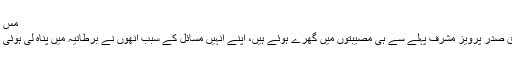
مس انڈیا
سابق صدر پرویز مشرف پہلے سے ہی مصیبتوں میں گھرے ہوئے ہیں، اپنے انہیں مسائل کے سبب انھوں نے برطانیہ میں پناہ لی ہوئی ہے۔